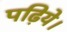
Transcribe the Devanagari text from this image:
पढ़िये।